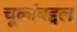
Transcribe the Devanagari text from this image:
चूकांबद्दल